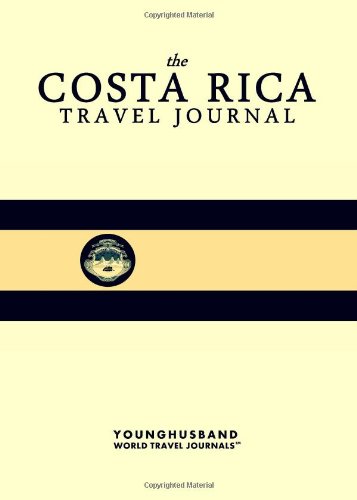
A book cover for The Costa Rica Travel Journal; Younghusband World Travel Journals; Travel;